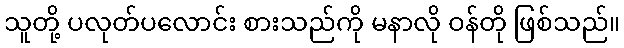
သူတို့ ပလုတ်ပလောင်း စားသည်ကို မနာလို ဝန်တို ဖြစ်သည်။